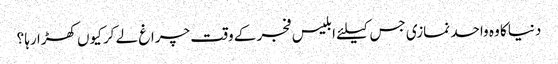
دنیا کا وہ واحد نمازی جس کیلئے ابلیس فجر کے وقت چراغ لے کر کیوں کھڑا رہا ؟